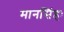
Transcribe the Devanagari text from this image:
मानसिंहः